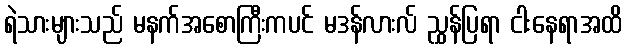
ရဲသားများသည် မနက်အစောကြီးကပင် မဒန်လားလ် ညွှန်ပြရာ ငါးနေရာအထိ